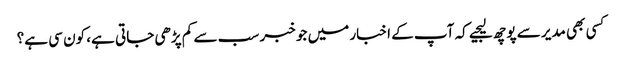
کسی بھی مدیر سے پوچھ لیجیے کہ آپ کے اخبار میں جو خبر سب سے کم پڑھی جاتی ہے، کون سی ہے؟